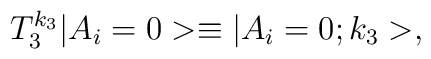
T_3^{k_3} |A_i=0> \equiv |A_i=0; k_3>,